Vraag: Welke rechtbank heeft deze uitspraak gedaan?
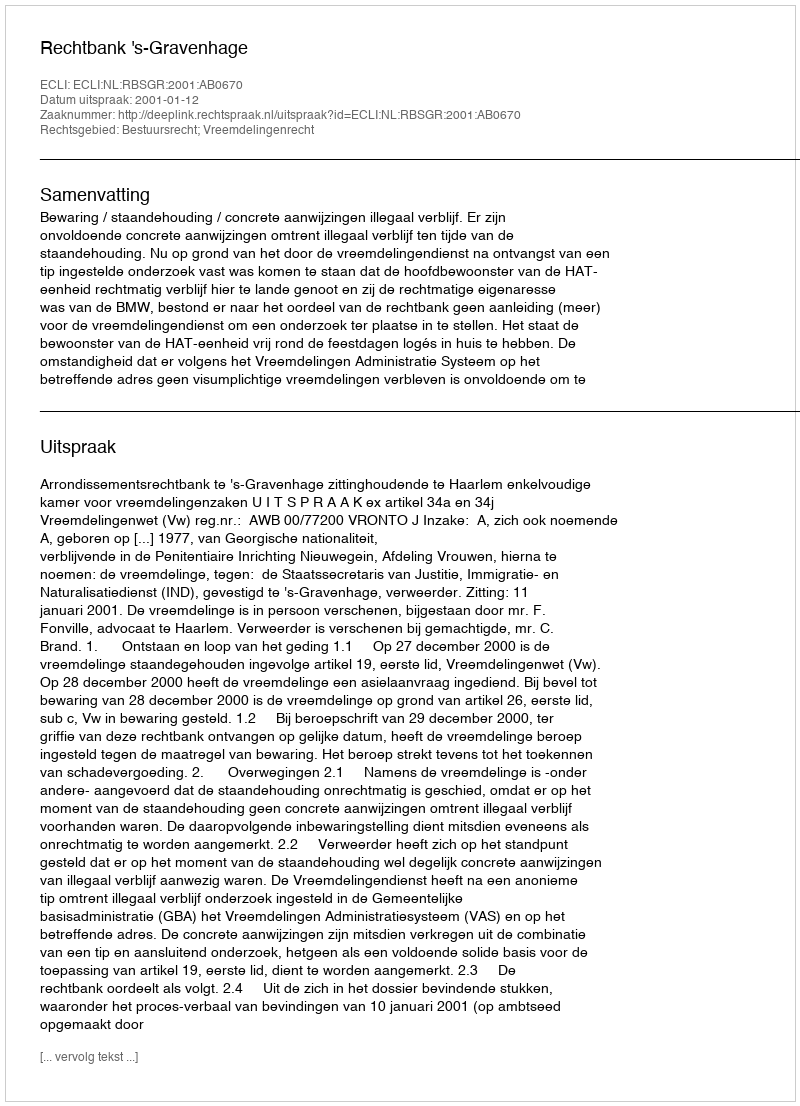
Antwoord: Rechtbank 's-Gravenhage